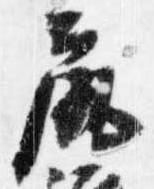
尻